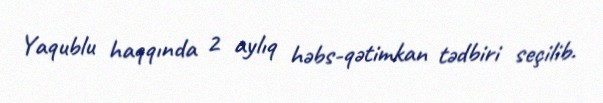
Yaqublu haqqında 2 aylıq həbs-qətimkan tədbiri seçilib.